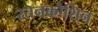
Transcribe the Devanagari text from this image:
रतनकोशिन